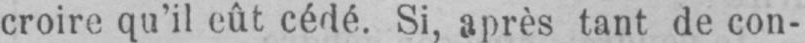
croire qu’il eût cédé. Si, après tant de con-